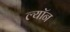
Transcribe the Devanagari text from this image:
ल्याॅन